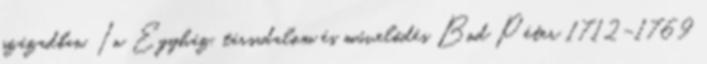
században. In Egyház, társadalom és művelődés Bod Péter 1712–1769